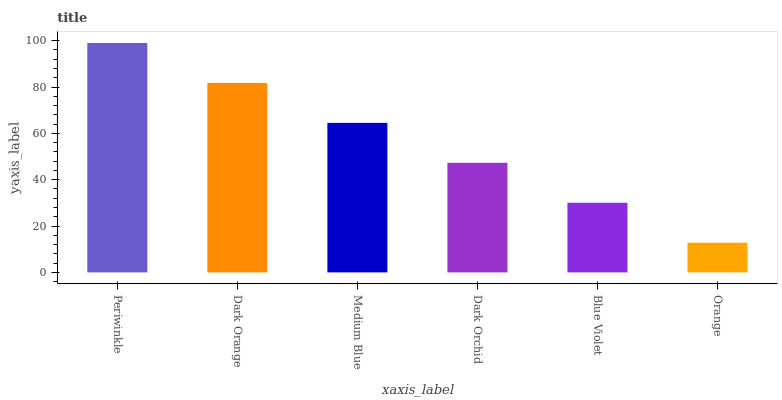
| xaxis_label | bars |
 | --- | --- |
 | Periwinkle | 99 |
 | Dark Orange | 81.8 |
 | Medium Blue | 64.5 |
 | Dark Orchid | 47.3 |
 | Blue Violet | 30.1 |
 | Orange | 12.8 |